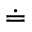
\doteq